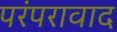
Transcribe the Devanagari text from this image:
परंपरावाद